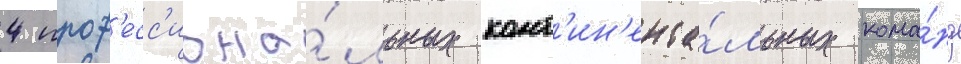
4 проф'есс'иона́льных конт'ин'ента́льных кома́нд